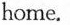
home.